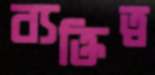
ব্যক্তিত্ব